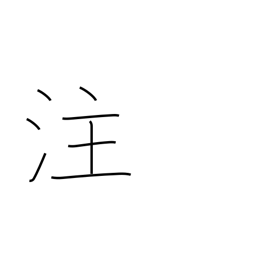
Meaning: irrigate